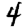
Digit: 4